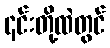
၎င်းတို့ထဲတွင်